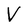
Character: V